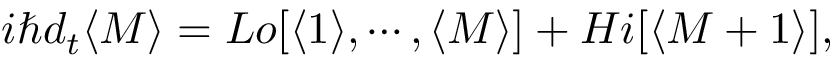
i \hbar d _ { t } \langle M \rangle = L o [ \langle 1 \rangle , \cdots , \langle M \rangle ] + H i [ \langle M + 1 \rangle ] ,